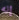
إنه